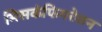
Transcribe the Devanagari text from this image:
मिसकंफिगरेशन